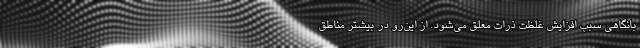
بانگاهی سبب افزایش غلظت ذرات معلق می‌شود. از این‌رو در بیشتر مناطق